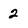
Character: 2